Annual report on the Civil Veterinary Department, Burma (including the Insein Veterinary School) - 1923-1931
Year: 1923
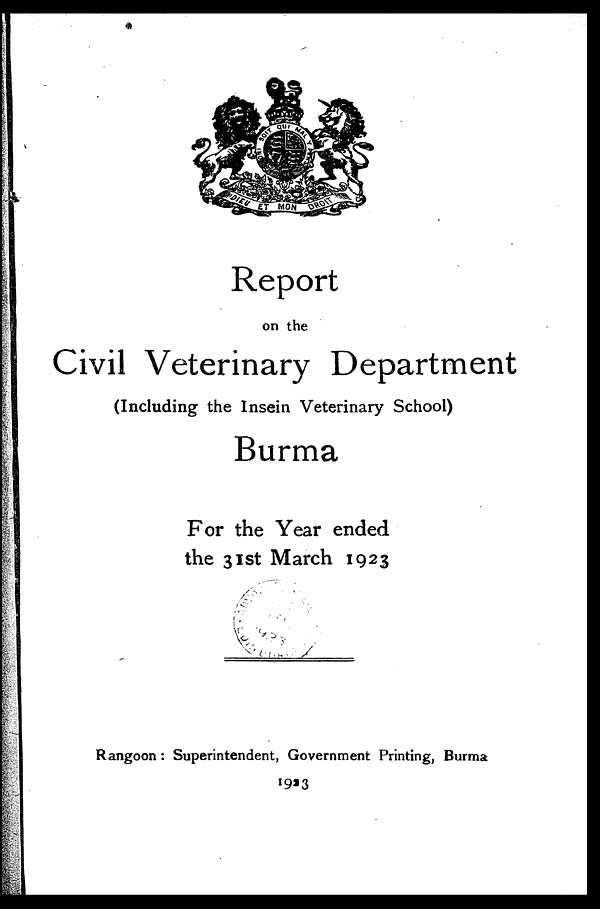
Report
on the
Civil Veterinary Department
(Including the Insein Veterinary School)
Burma
For the Year ended
the 31st March 1923
Rangoon: Superintendent, Government Printing, Burma
1923